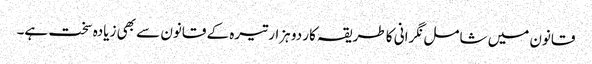
قانون میں شامل نگرانی کا طریقہ کار دو ہزار تیرہ کے قانون سے بھی زیادہ سخت ہے۔